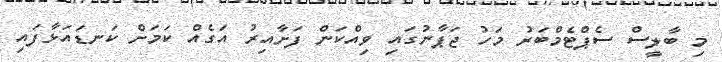
މި ބާލީސް ސެޕްޓެމްބަރު މަހު ޖަޕާނުގައި ވިއްކަން ފަށާއިރު އަގެއް ކަމަށް ކަނޑައަޅާފައި